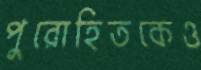
পুরোহিতকেও